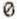
0